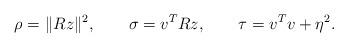
LaTeX: \begin{align*}\rho=\|Rz\|^{2},\qquad\sigma=v^{T}Rz,\qquad\tau=v^{T}v+\eta^{2}.\end{align*}